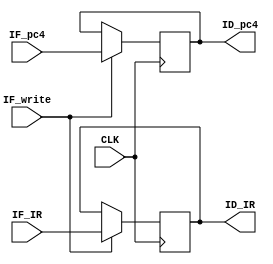
`define _if_id_v_


module IF_ID(CLK, IF_write, IF_pc4, IF_IR, ID_pc4, ID_IR);

  input wire CLK, IF_write;
  input wire [31:0] IF_pc4, IF_IR;
  output reg [31:0] ID_pc4, ID_IR;
  
  always @ (negedge CLK) begin
    if (IF_write) begin
      ID_pc4 <= IF_pc4;
      ID_IR  <= IF_IR;
      end
    else begin
      ID_pc4 <= ID_pc4;
      ID_IR  <= ID_IR;
      end
  end

endmodule